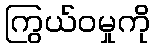
ကြွယ်ဝမှုကို